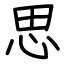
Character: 思